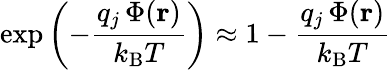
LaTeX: \exp\left(-{\frac{q_{j}\, \Phi(\mathbf{r})}{k_{\mathrm{{B}}}T}}\right)\approx 1-{\frac{q_{j}\, \Phi(\mathbf{r})}{k_{\mathrm{{B}}}T}}